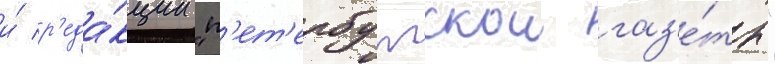
и́ р'еда́кции "п'ет'ербургскои газ'е́ты"